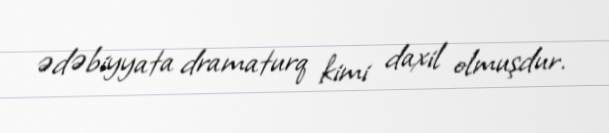
ədəbiyyata dramaturq kimi daxil olmuşdur.